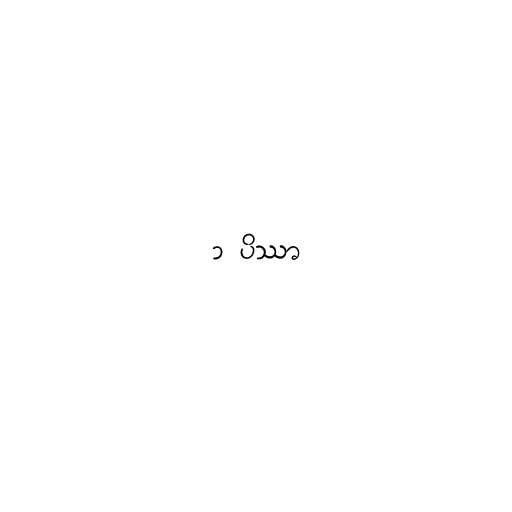
၁ ပိဿာ